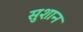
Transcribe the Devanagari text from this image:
सुशान